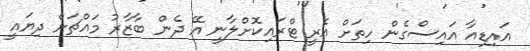
އައިޑިއާ އައިސްގެން ހިތަށް އެރީ ޓްރައިކޮށްލާނީ އޭ ދެން ބާޒާރު މައްޗަށް ދިޔައީ